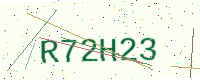
Text: R72H23